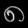
Digit: ၈